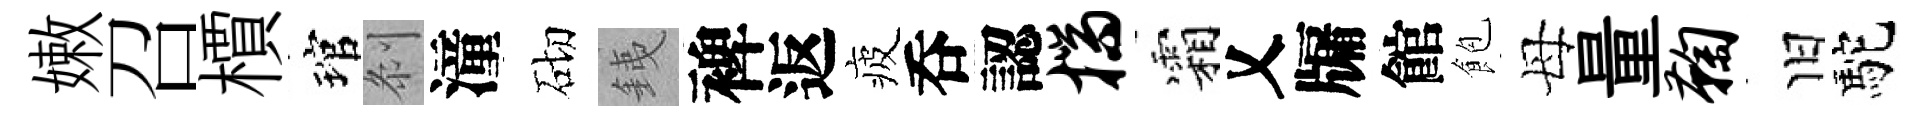
嫩召檟琯𠛴潼砌銕裨返疲呑認揣霜乂牖館飽母量鞠旧駝